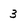
Character: 3